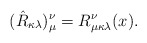
\begin{align*}(\hat{R}_{\kappa \lambda} )_{\mu}^{\nu} = R_{\mu \kappa \lambda}^{\nu}(x).\end{align*}